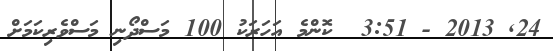
24